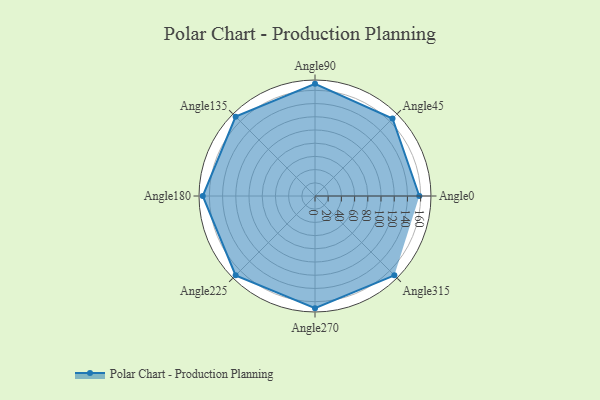
{"axis": {"x": "Angle", "y": "Radius"}, "legend": [""], "data": [{"x": "Angle0", "y": 158.0, "type": ""}, {"x": "Angle45", "y": 166.0, "type": ""}, {"x": "Angle90", "y": 170, "type": ""}, {"x": "Angle135", "y": 170, "type": ""}, {"x": "Angle180", "y": 170, "type": ""}, {"x": "Angle225", "y": 170, "type": ""}, {"x": "Angle270", "y": 170, "type": ""}, {"x": "Angle315", "y": 170, "type": ""}]}